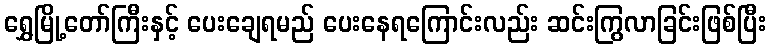
ရွှေမြို့တော်ကြီးနှင့် ပေးချေရမည် ပေးနေရကြောင်းလည်း ဆင်းကြွလာခြင်းဖြစ်ပြီး